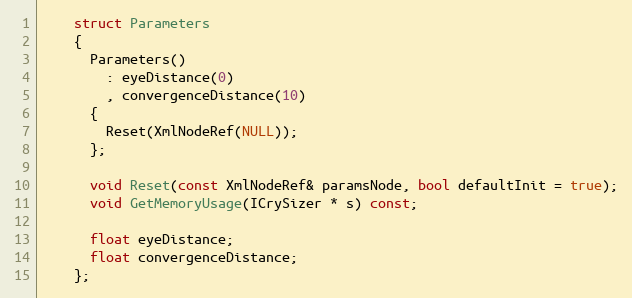
Language: C
    struct Parameters
    {
      Parameters()
        : eyeDistance(0)
        , convergenceDistance(10)
      {
        Reset(XmlNodeRef(NULL));
      };

      void Reset(const XmlNodeRef& paramsNode, bool defaultInit = true);
      void GetMemoryUsage(ICrySizer * s) const;

      float eyeDistance;
      float convergenceDistance;
    };